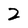
Character: 2